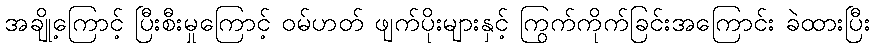
အချို့ကြောင့် ပြီးစီးမှုကြောင့် ဝမ်ဟတ် ဖျက်ပိုးများနှင့် ကြွက်ကိုက်ခြင်းအကြောင်း ခဲထားပြီး